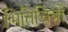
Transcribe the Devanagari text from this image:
भितिचित्रों